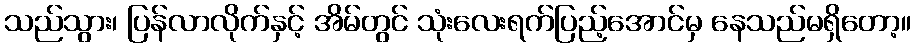
သည်သွား၊ ပြန်လာလိုက်နှင့် အိမ်တွင် သုံးလေးရက်ပြည့်အောင်မှ နေသည်မရှိတော့။